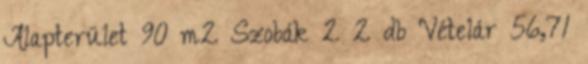
Alapterület 90 m2 Szobák 2 2 db Vételár 56,71